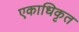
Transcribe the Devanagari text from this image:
एकाधिकृत